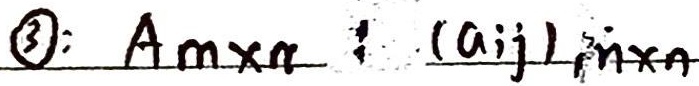
\textcircled{3}: \(A_{m\times n}=(a_{ij})_{m\times n}\)